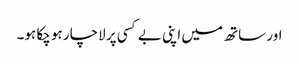
اور ساتھ میں اپنی بے کسی پر لاچار ہو چکا ہو۔